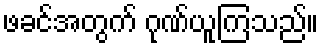
ဖခင်အတွက် ဂုဏ်ယူကြသည်။